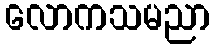
လောကသမညာ